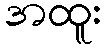
အထူး